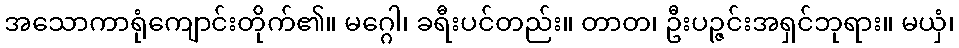
အသောကာရုံကျောင်းတိုက်၏။ မဂ္ဂေါ၊ ခရီးပင်တည်း။ တာတ၊ ဦးပဉ္ဇင်းအရှင်ဘုရား။ မယှံ၊